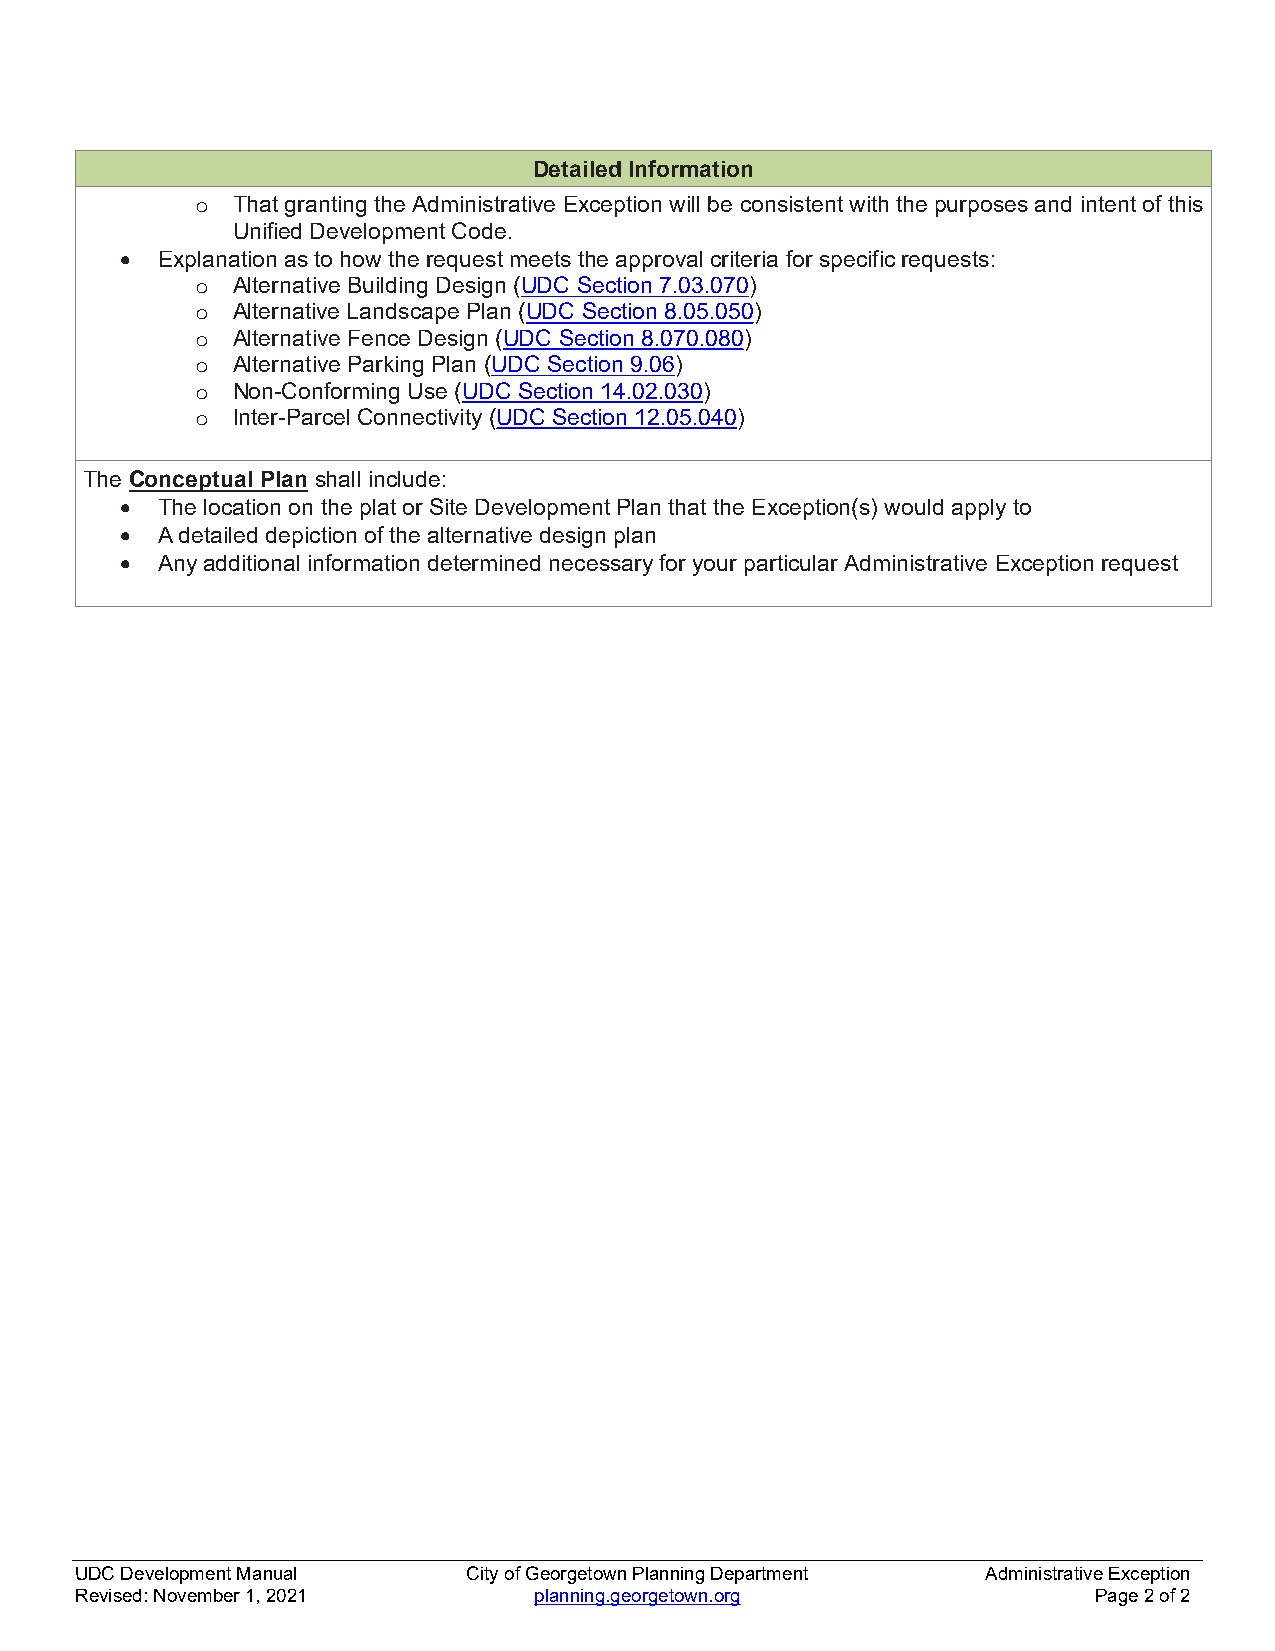
Detailed Information
 o That granting the Administrative Exception will be consistent with the purposes and intent of this
 Unified Development Code.
  Explanation as to how the request meets the approval criteria for specific requests:
 o Alternative Building Design (UDC Section 7.03.070)
 o Alternative Landscape Plan (UDC Section 8.05.050)
 o Alternative Fence Design (UDC Section 8.070.080)
 o Alternative Parking Plan (UDC Section 9.06)
 o Non-Conforming Use (UDC Section 14.02.030)
 o Inter-Parcel Connectivity (UDC Section 12.05.040)
 The Conceptual Plan shall include:
  The location on the plat or Site Development Plan that the Exception(s) would apply to
  A detailed depiction of the alternative design plan
  Any additional information determined necessary for your particular Administrative Exception request
 UDC Development Manual    City of Georgetown Planning Department Administrative Exception
 Revised: November 1, 2021     planning.georgetown.org              Page 2 of 2